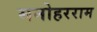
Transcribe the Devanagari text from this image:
मनोहरराम